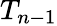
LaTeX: T_{n-1}